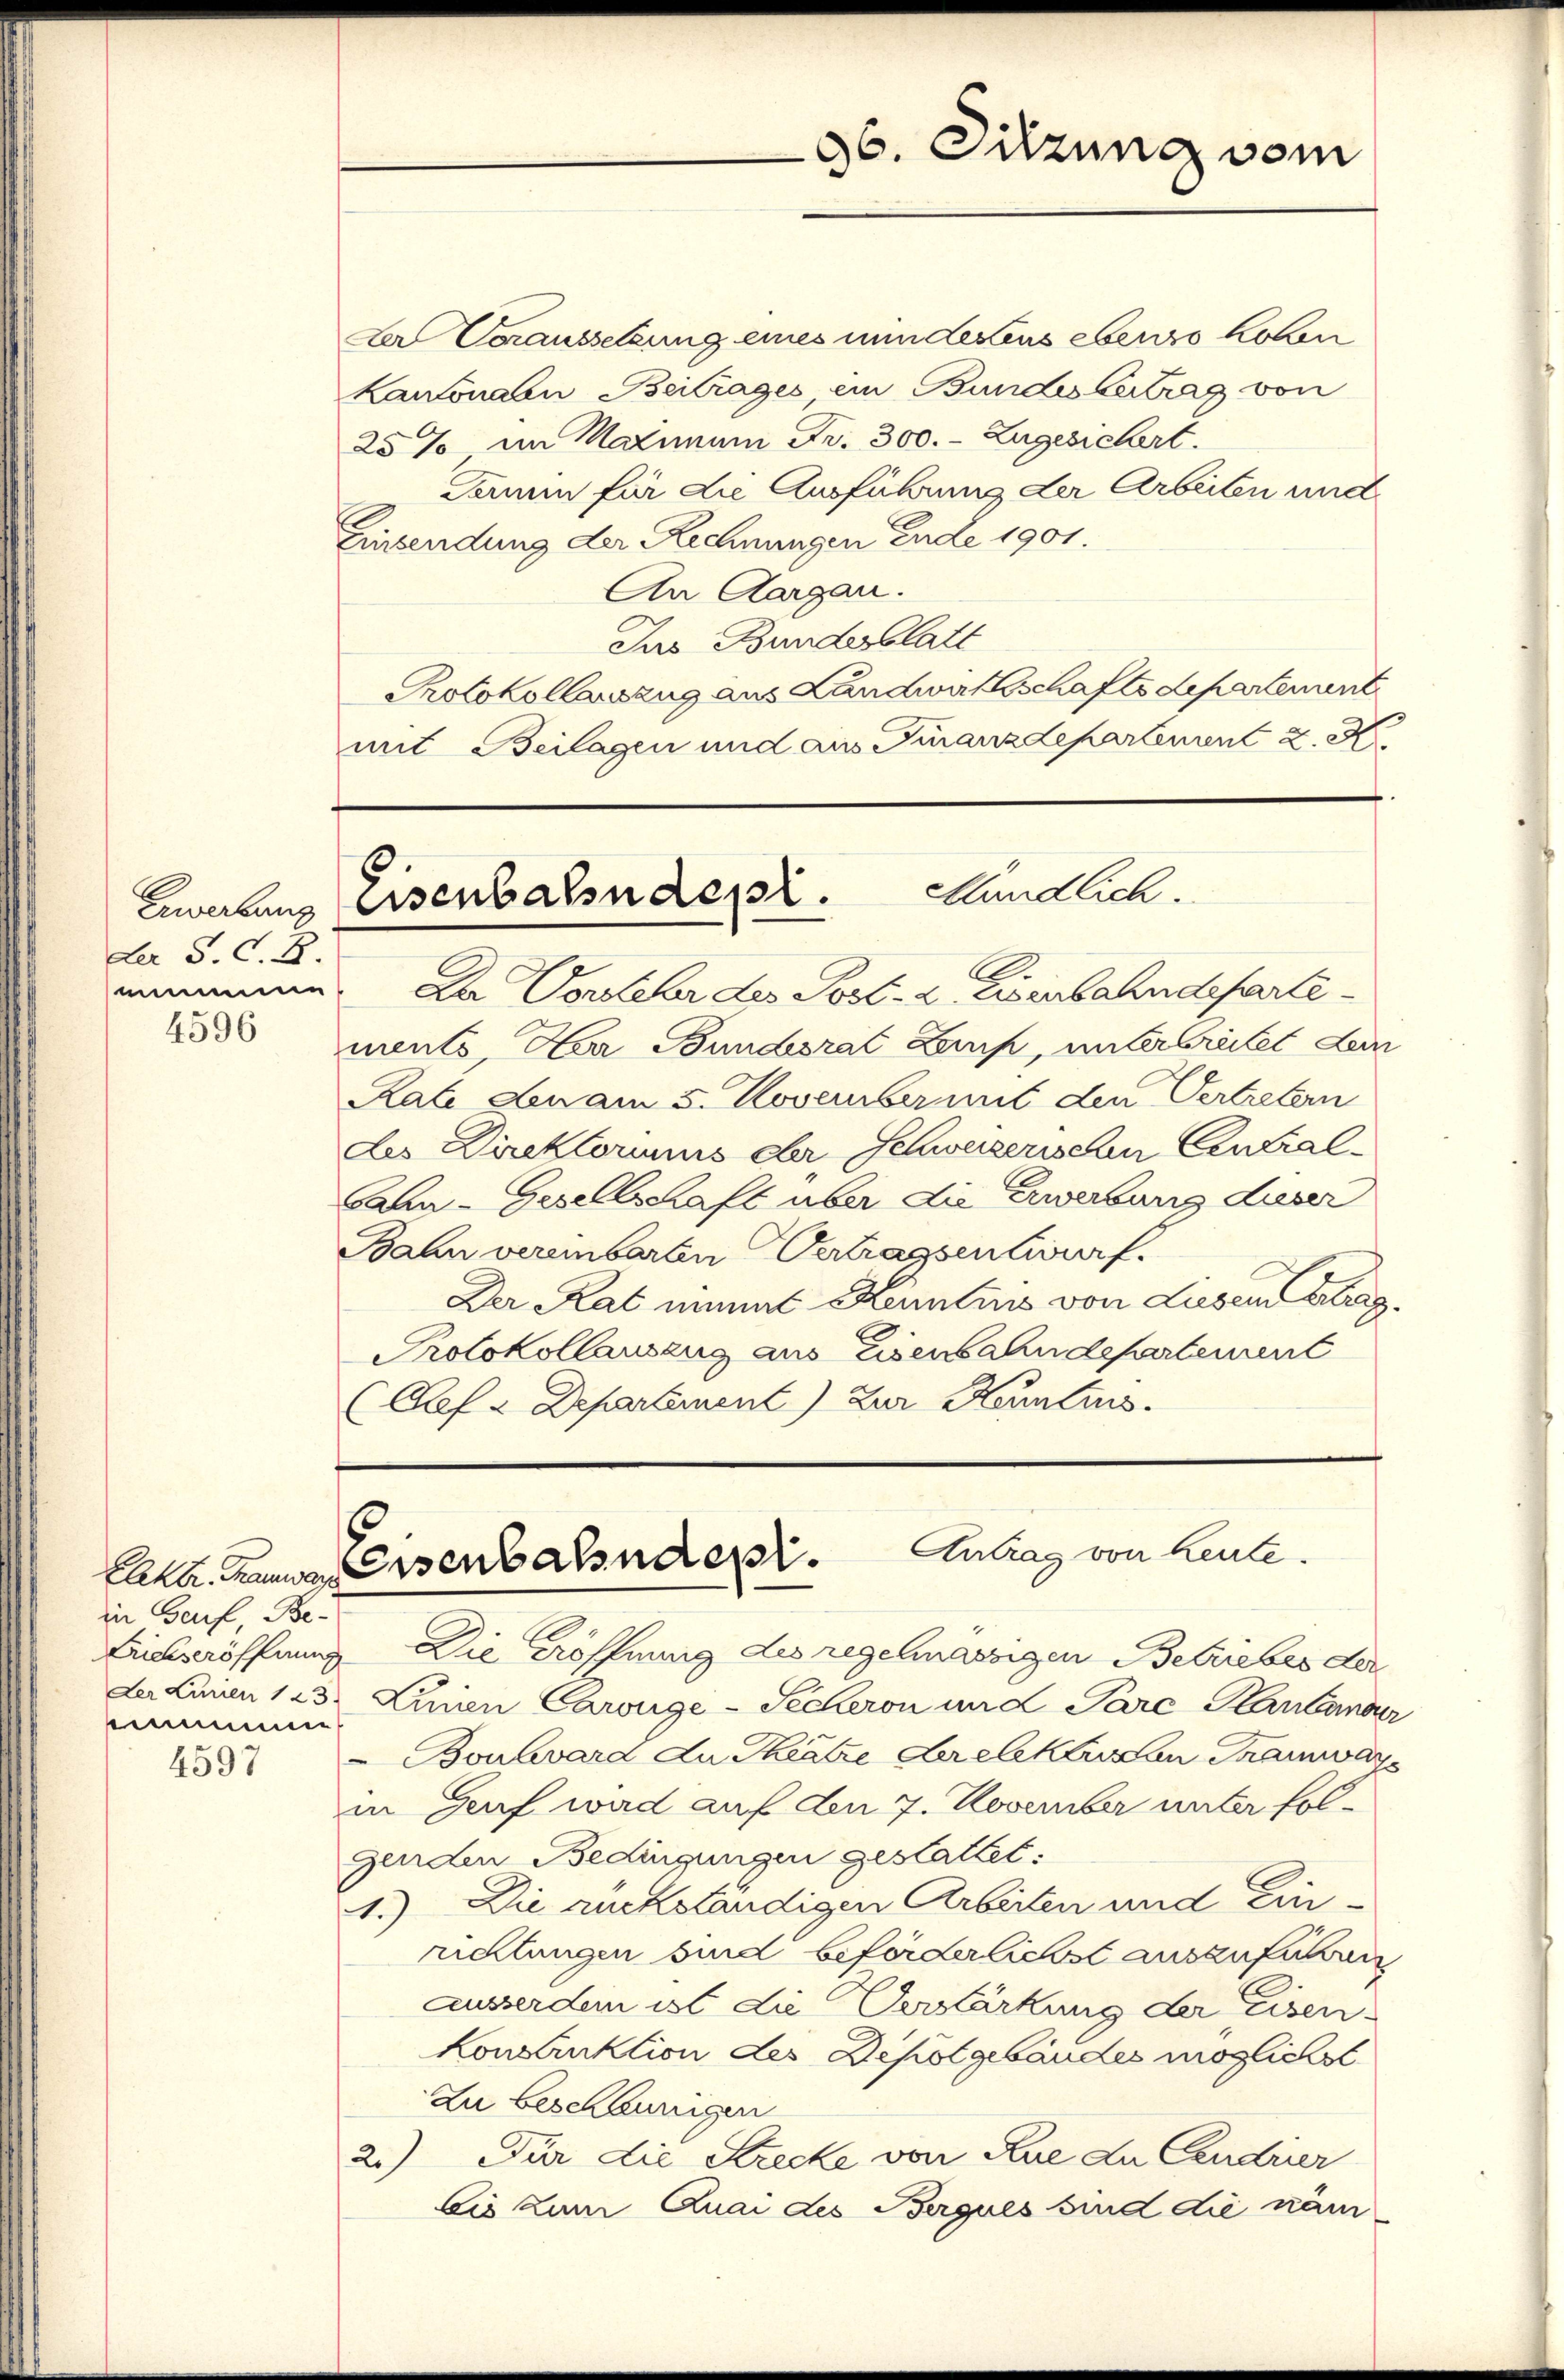
der S. C. B.

4596

Der Voraussetzung eines mindestens ebenso hoben
Kantonaln Beitrages ein Bundesvertrag von
25% im Natinum Fr. 300. - Zugesichert.
Termin für die Ausführung der Arbeiten und
Einsendung der Rechnungen Ende 1901.
An Aargau.
Jus Bundesblatt
Protokollanzug aus Landwachschaftsdepartement
mit Beilagen und aus Finanzdepartement 2. X.

in Genf, Be-
Der Linien 123.
tnummen

4597

96. Sitzung vom

Zwebens Eisenbahn desst. Kundlich.

nnmme. Da Vorsteher des Post- & Eisenbahndepartements, Her Bundesrat Luis, unterbreitet dein
Rate den am 5. November mit den Vertretern
des Direktoriums der Schweizerischen Centralbahn-Gesellschaft über die Erwerbung dieser
Bahn vereinbarten Vertragsentwurf.
Der Rat niemal Kenntins von Liesem Abg
Protokollauszug aus Eisenbahndepartement
Gef - Departement) Zur Kenntins

Elka. Tramwar Eisenbahnder. Antrag von heute.

Liebseröffung Die Eröffnung des regelmässigen Betriebes der
Luien Carouge-Seckeron und Pare Plantander
 Boulevard du Theatre der elektusen Tramway
in Genf wird auf den 7. November unter folgenden Bedingungen gestattet:
1.) Die rückständigen Arbeiten und Einrichtungen sind beförderlichst auszuführen
ausserdem ist die Verstärkung der Eisen-
Konsanktion des Depotgebäudes möglichst
Zu beschännigen
2.) Für die Strecke von Rue du Cendrier
bis zum Quai des Bergues sind die näm